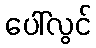
ပေါ်လွင်